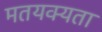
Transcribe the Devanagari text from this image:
मतयक्यता